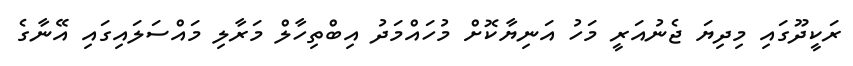
ރަކީދޫގައި މިދިޔަ ޖެނުއަރީ މަހު އަނިޔާކޮށް މުހައްމަދު އިބްތިހާލް މަރާލި މައްސަލައިގައި އޭނާގެ